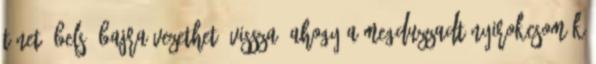
tünet, belső bajra vezethető vissza. Ahogy a megduzzadt nyirokcsomók